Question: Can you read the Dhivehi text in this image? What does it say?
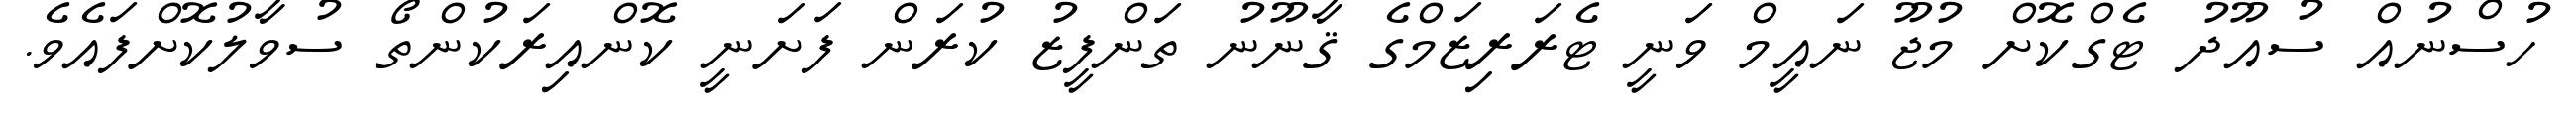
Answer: ހުސްނުއް ސުއޫދު ޓެގްކޮށް މުޖޫ ނައީމް ވަނީ ޓެރަރިޒަމްގެ ޤާނޫނު ތަންފީޒު ކުރަން ފަށަނީ ކޮންއިރަކުންތޯ ސުވާލުކޮށްފައެވެ.